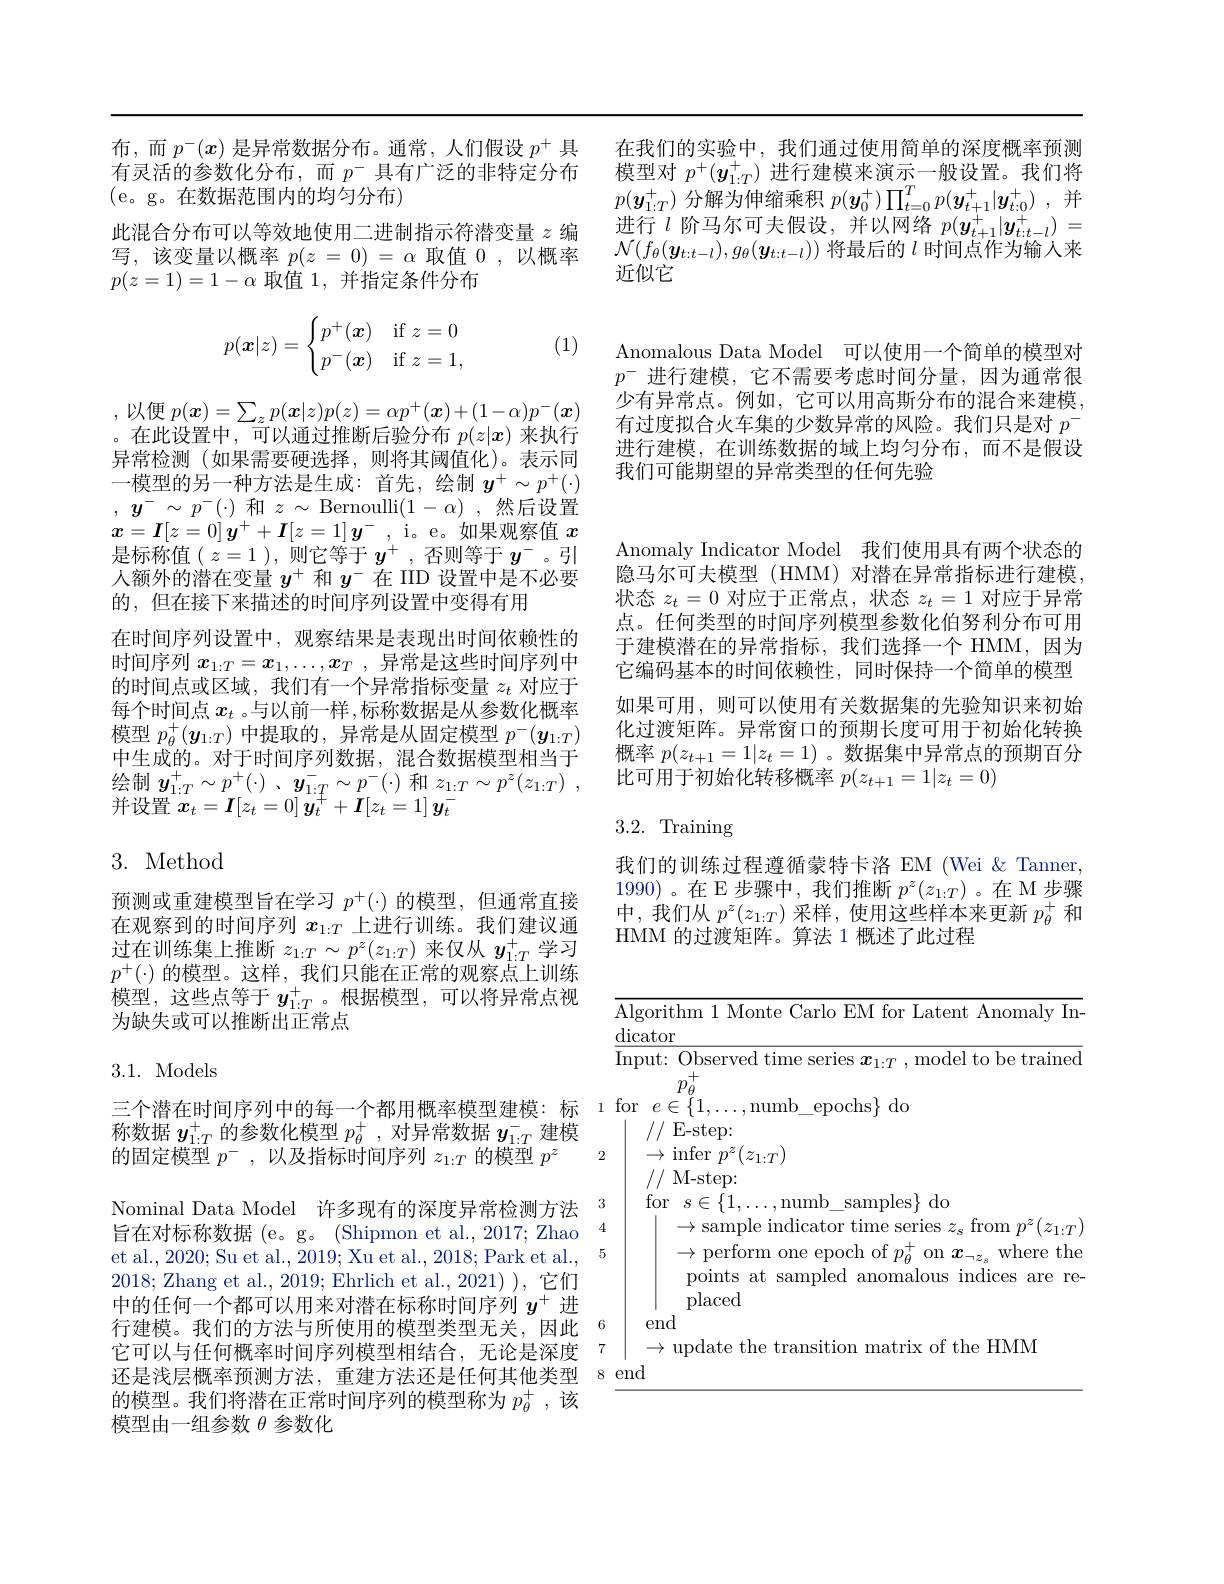
布，而$p^-(x)$是异常数据分布。通常，人们假设$p^+$具 在我们的实验中，我们通过使用简单的深度概率预测有灵活的参数化分布，而$p^-$具有广泛的非特定分布 模型对$p^+(\boldsymbol{y}_{1:T}^+)$进行建模来演示一般设置。我们将
$p(\boldsymbol{y}_{1:T}^+)$分解为伸缩乘积$p(\boldsymbol{y}_0^+)\prod_{t=0}^Tp(\boldsymbol{y}_{t+1}^+|\boldsymbol{y}_{t:0}^+)$ ,并进行$l$阶马尔可夫假设，并以网络$p(\boldsymbol{y}_t+1^+|\boldsymbol{y}_{t:t-l}^+)=$ $\mathcal{N}(f_\theta(\boldsymbol{y}_{t:t-l}),g_\theta(\boldsymbol{y}_{t:t-l}))$将最后的$l$时间点作为输入来近似它

Anomalous Data Model 可以使用一个简单的模型对$p^-$进行建模，它不需要考虑时间分量，因为通常很少有异常点。例如，它可以用高斯分布的混合来建模， 有过度拟合火车集的少数异常的风险。我们只是对$p^-$ 进行建模，在训练数据的域上均匀分布，而不是假设我们可能期望的异常类型的任何先验

(e。g。在数据范围内的均匀分布)
此混合分布可以等效地使用二进制指示符潜变量$z$编写，该变量以概率$p(z=0)=\alpha$取值0，以概率$p(z=1)=1-\alpha$取值1，并指定条件分布
$$p(\boldsymbol{x}|z)=\begin{cases}p^+(\boldsymbol{x})&\text{if}z=0\\p^-(\boldsymbol{x})&\text{if}z=1,\end{cases}$$
(1)

,以便$p(\boldsymbol{x})=\sum_zp(\boldsymbol{x}|z)p(z)=\alpha p^+(\boldsymbol{x})+(1-\alpha)p^-(\boldsymbol{x})$ 。在此设置中，可以通过推断后验分布$p(z|\boldsymbol{x})$来执行异常检测(如果需要硬选择，则将其阈值化)。表示同一模型的另一种方法是生成：首先，绘制$y^+\sim p^+(\cdot)$ , $y^{- }\sim$ $p^{- }( \cdot )$ 和$z\sim$Bernoulli$( 1- \alpha )$ ,然后设置$x=\boldsymbol{I}[z=0]\boldsymbol{y}^++\boldsymbol{I}[z=1]\boldsymbol{y}^-$, i。e。如果观察值$x$ 是标称值( $z=1$ ),则它等于$y^+$ ,否则等于$y^-$ 。引人额外的潜在变量$y^+$和$y^-$在 IID 设置中是不必要的，但在接下来描述的时间序列设置中变得有用
在时间序列设置中，观察结果是表现出时间依赖性的时间序列$x_{1:T}=x_1,\ldots,x_T$ ,异常是这些时间序列中的时间点或区域，我们有一个异常指标变量$z_t$对应于每个时间点 $x_t$ 。与以前一样 ,标称数据是从参数化概率模型$p_\theta^+(\boldsymbol{y}_{1:T})$中提取的，异常是从固定模型$p^-(\boldsymbol{y}_{1:T})$ 中生成的。对于时间序列数据，混合数据模型相当于绘制$\begin{array}{c}y_{1:T}^{+}\sim p^{+}(\cdot)&、\boldsymbol{y}_{1:T}^{-}\sim p^{-}(\cdot)&\text{和 }z_{1:T}\sim p^{z}(z_{1:T})\end{array}$, 并设置$x_t= \boldsymbol{I}[ z_t= 0]$ $\overline {\boldsymbol{y}}_t^+ + \boldsymbol{I}[ z_t= 1]$ $\boldsymbol{y}_t^-$

# 3. Method

预测或重建模型旨在学习$p^+(\cdot)$的模型，但通常直接在观察到的时间序列$x_{1:T}$上进行训练。我们建议通过在训练集上推断$z_{1:T}\sim p^z(z_{1:T})$来仅从$y_{1:T}^+$学习$p^+(\cdot)$的模型。这样，我们只能在正常的观察点上训练模型，这些点等于$y_{1:T}^+$。根据模型，可以将异常点视为缺失或可以推断出正常点

## 3.1. Models

三个潜在时间序列中的每一个都用概率模型建模：标 1
称数据$y_{1:T}^+$的参数化模型$p_\theta^+$,对异常数据$y_{1:T}^-$建模
的固定模型$p^-$,以及指标时间序列$z_1:T$的模型$p^z$ 2 Nominal Data Model 许多现有的深度异常检测方法$^{3}$ 旨在对标称数据 (e。g。(Shipmon et al., 2017; Zhao
et al., 2020; Su et al., 2019; Xu et al., 2018; Park et al., 5
2018; Zhang et al., 2019; Ehrlich et al., 2021) ), 它们中的任何一个都可以用来对潜在标称时间序列$y^+$进行建模。我们的方法与所使用的模型类型无关，因此$^{6}$ 它可以与任何概率时间序列模型相结合，无论是深度 7还是浅层概率预测方法，重建方法还是任何其他类型的模型。我们将潜在正常时间序列的模型称为$p_\theta^+$,该模型由一组参数$\theta$参数化

Anomaly Indicator Model 我们使用具有两个状态的隐马尔可夫模型 (HMM) 对潜在异常指标进行建模， 状态$z_t=0$对应于正常点，状态$z_t=1$对应于异常点。任何类型的时间序列模型参数化伯努利分布可用于建模潜在的异常指标，我们选择一个 HMM,因为它编码基本的时间依赖性，同时保持一个简单的模型如果可用，则可以使用有关数据集的先验知识来初始化过渡矩阵。异常窗口的预期长度可用于初始化转换概率$p(z_{t+1}=1|z_t=1)$ 。数据集中异常点的预期百分比可用于初始化转移概率$p(z_{t+1}=1|z_t=0)$

# 3.2. Training

我们的训练过程遵循蒙特卡洛 EM (Wei &Tanner, 1990)。在 E 步骤中，我们推断$p^z(z_{1:T})$ 。在 M 步骤中，我们从$p^z(z_{1:T})$采样，使用这些样本来更新$p_\theta^+$和HMM 的过渡矩阵。算法 1 概述了此过程

<table>
	<tbody>
		<tr>
			<td>$\overline{\mathrm{Alg}}$ $dic:$</td>
			<td>gorithm 1 Monte Carlo EM for Latent Anomaly In- ator</td>
		</tr>
		<tr>
			<td>for</td>
			<td>$e\in\{1,\ldots$,numb\_epochs$\}$do //E-step: $\mapsto$ infer $p^{z}(z_{1:T})$ $\rightarrow$ // M-step: for $s\in\{1,\ldots$,numb\_samples$\}$do $\to$sample indicator time series $z_s$ from $p^z(z_{1:T})$ $\to$perform one epoch of $p_{\theta}^{+}$  on $x_{\neg z_{s}}$ where the</td>
		</tr>
		<tr>
			<td>end</td>
			<td>$\therefore\angle AC=\angle AC$</td>
		</tr>
	</tbody>
</table>
4